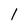
Character: l